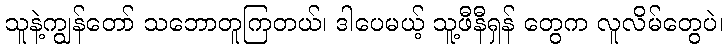
သူနဲ့ကျွန်တော် သဘောတူကြတယ်၊ ဒါပေမယ့် သူ့ဖီနီရှန် တွေက လူလိမ်တွေပဲ၊